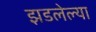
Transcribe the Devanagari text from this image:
झडलेल्या